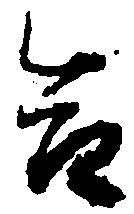
合